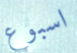
اسبوع